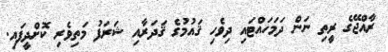
ރާއްޖޭގެ ރީތި ނަން ދަމަހައްޓައި ދިވެހި ޤައުމުގެ ޤަދަރާއި ޝަރަފު މަތިވެރި ކޮށްދީފައި.